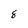
Character: 8